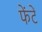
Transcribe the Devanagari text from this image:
फेंटें